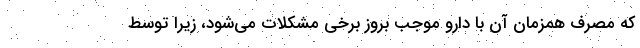
که مصرف همزمان آن با دارو موجب بروز برخی مشکلات می‌شود، زیرا توسط